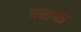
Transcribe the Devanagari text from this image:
गवांना